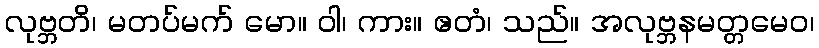
လုဗ္ဘတိ၊ မတပ်မက် မော။ ဝါ၊ ကား။ ဧတံ၊ သည်။ အလုဗ္ဘနမတ္တမေဝ၊